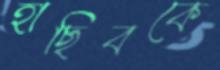
হাছিবকে